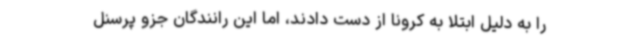
را به دلیل ابتلا به کرونا از دست دادند، اما این رانندگان جزو پرسنل